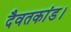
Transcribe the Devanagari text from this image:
दैवतकांड।